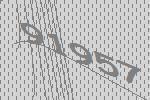
91957